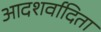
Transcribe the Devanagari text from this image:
आदशर्वादिता